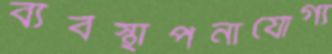
ব্যবস্থাপনাযোগ্য